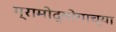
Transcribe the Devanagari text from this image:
ग्रामोद्योगाच्या